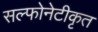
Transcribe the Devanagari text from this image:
सल्फोनेटीकृत